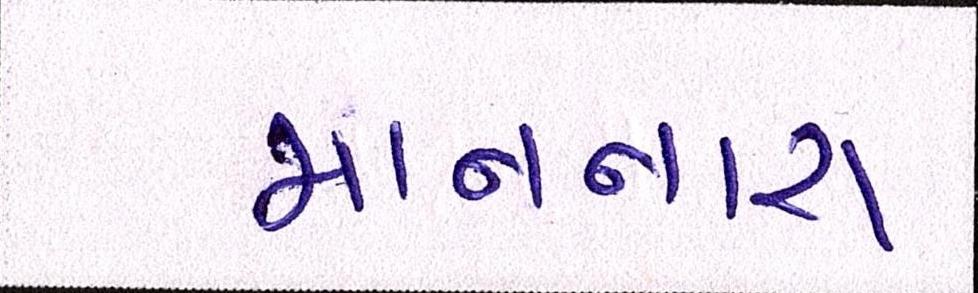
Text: માનનારા